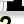
Digit: 2